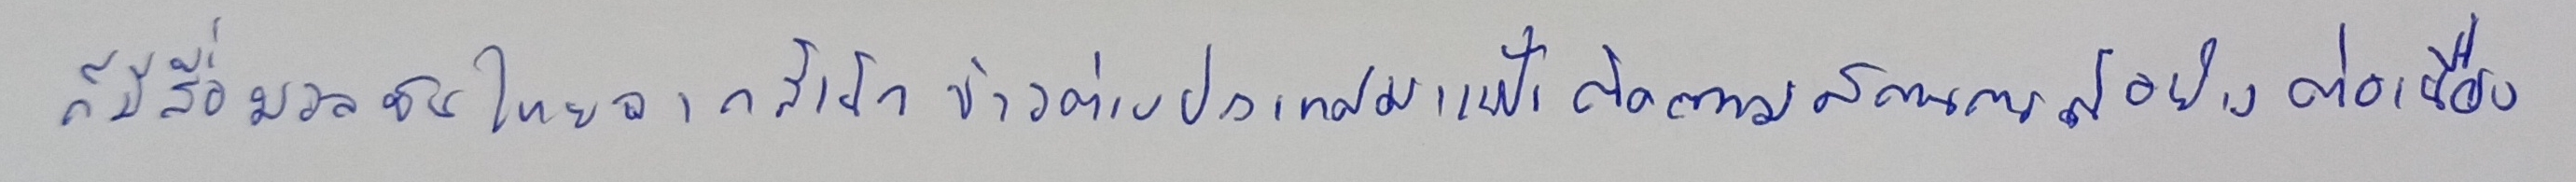
ก็มีสื่อมวลชนไทยและจากสำนักข่าวต่างประเทศมาเฝ้าติดตามสถานการณ์อย่างต่อเนื่อง